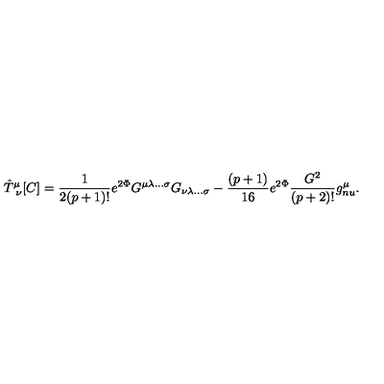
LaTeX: { \hat { T } } _ { \ \nu } ^ { \mu } [ C ] = { \frac { 1 } { 2 ( p + 1 ) ! } } e ^ { 2 \Phi } G ^ { \mu \lambda \ldots \sigma } G _ { \nu \lambda \ldots \sigma } - { \frac { ( p + 1 ) } { 1 6 } } e ^ { 2 \Phi } { \frac { G ^ { 2 } } { ( p + 2 ) ! } } g _ { n u } ^ { \mu } .